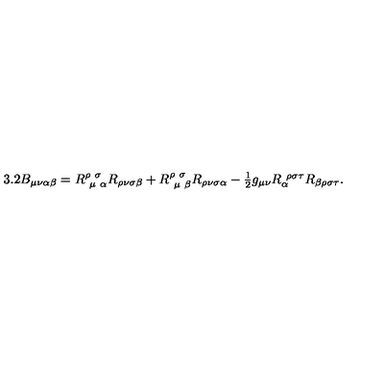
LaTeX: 3 . 2 B _ { \mu \nu \alpha \beta } = R _ { \ \mu \ \alpha } ^ { \rho \ \sigma \ } R _ { \rho \nu \sigma \beta } + R _ { \ \mu \ \beta } ^ { \rho \ \sigma \ } R _ { \rho \nu \sigma \alpha } - \textstyle { \frac { 1 } { 2 } } g _ { \mu \nu } R _ { \alpha } ^ { \ \rho \sigma \tau } R _ { \beta \rho \sigma \tau } .